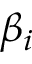
\beta _ { i }